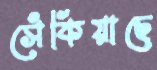
সেঁকিয়াছে